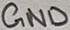
Text: GND